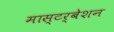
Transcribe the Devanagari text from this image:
मास्टर्बेशन